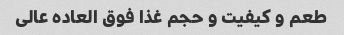
طعم و کیفیت و حجم غذا فوق العاده عالی